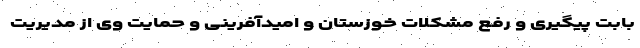
بابت پیگیری و رفع مشکلات خوزستان و امیدآفرینی و حمایت وی از مدیریت